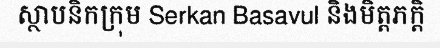
ស្ថាបនិកក្រុម Serkan Basavul និងមិត្តភក្តិ